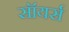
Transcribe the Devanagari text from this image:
सॉयर्स